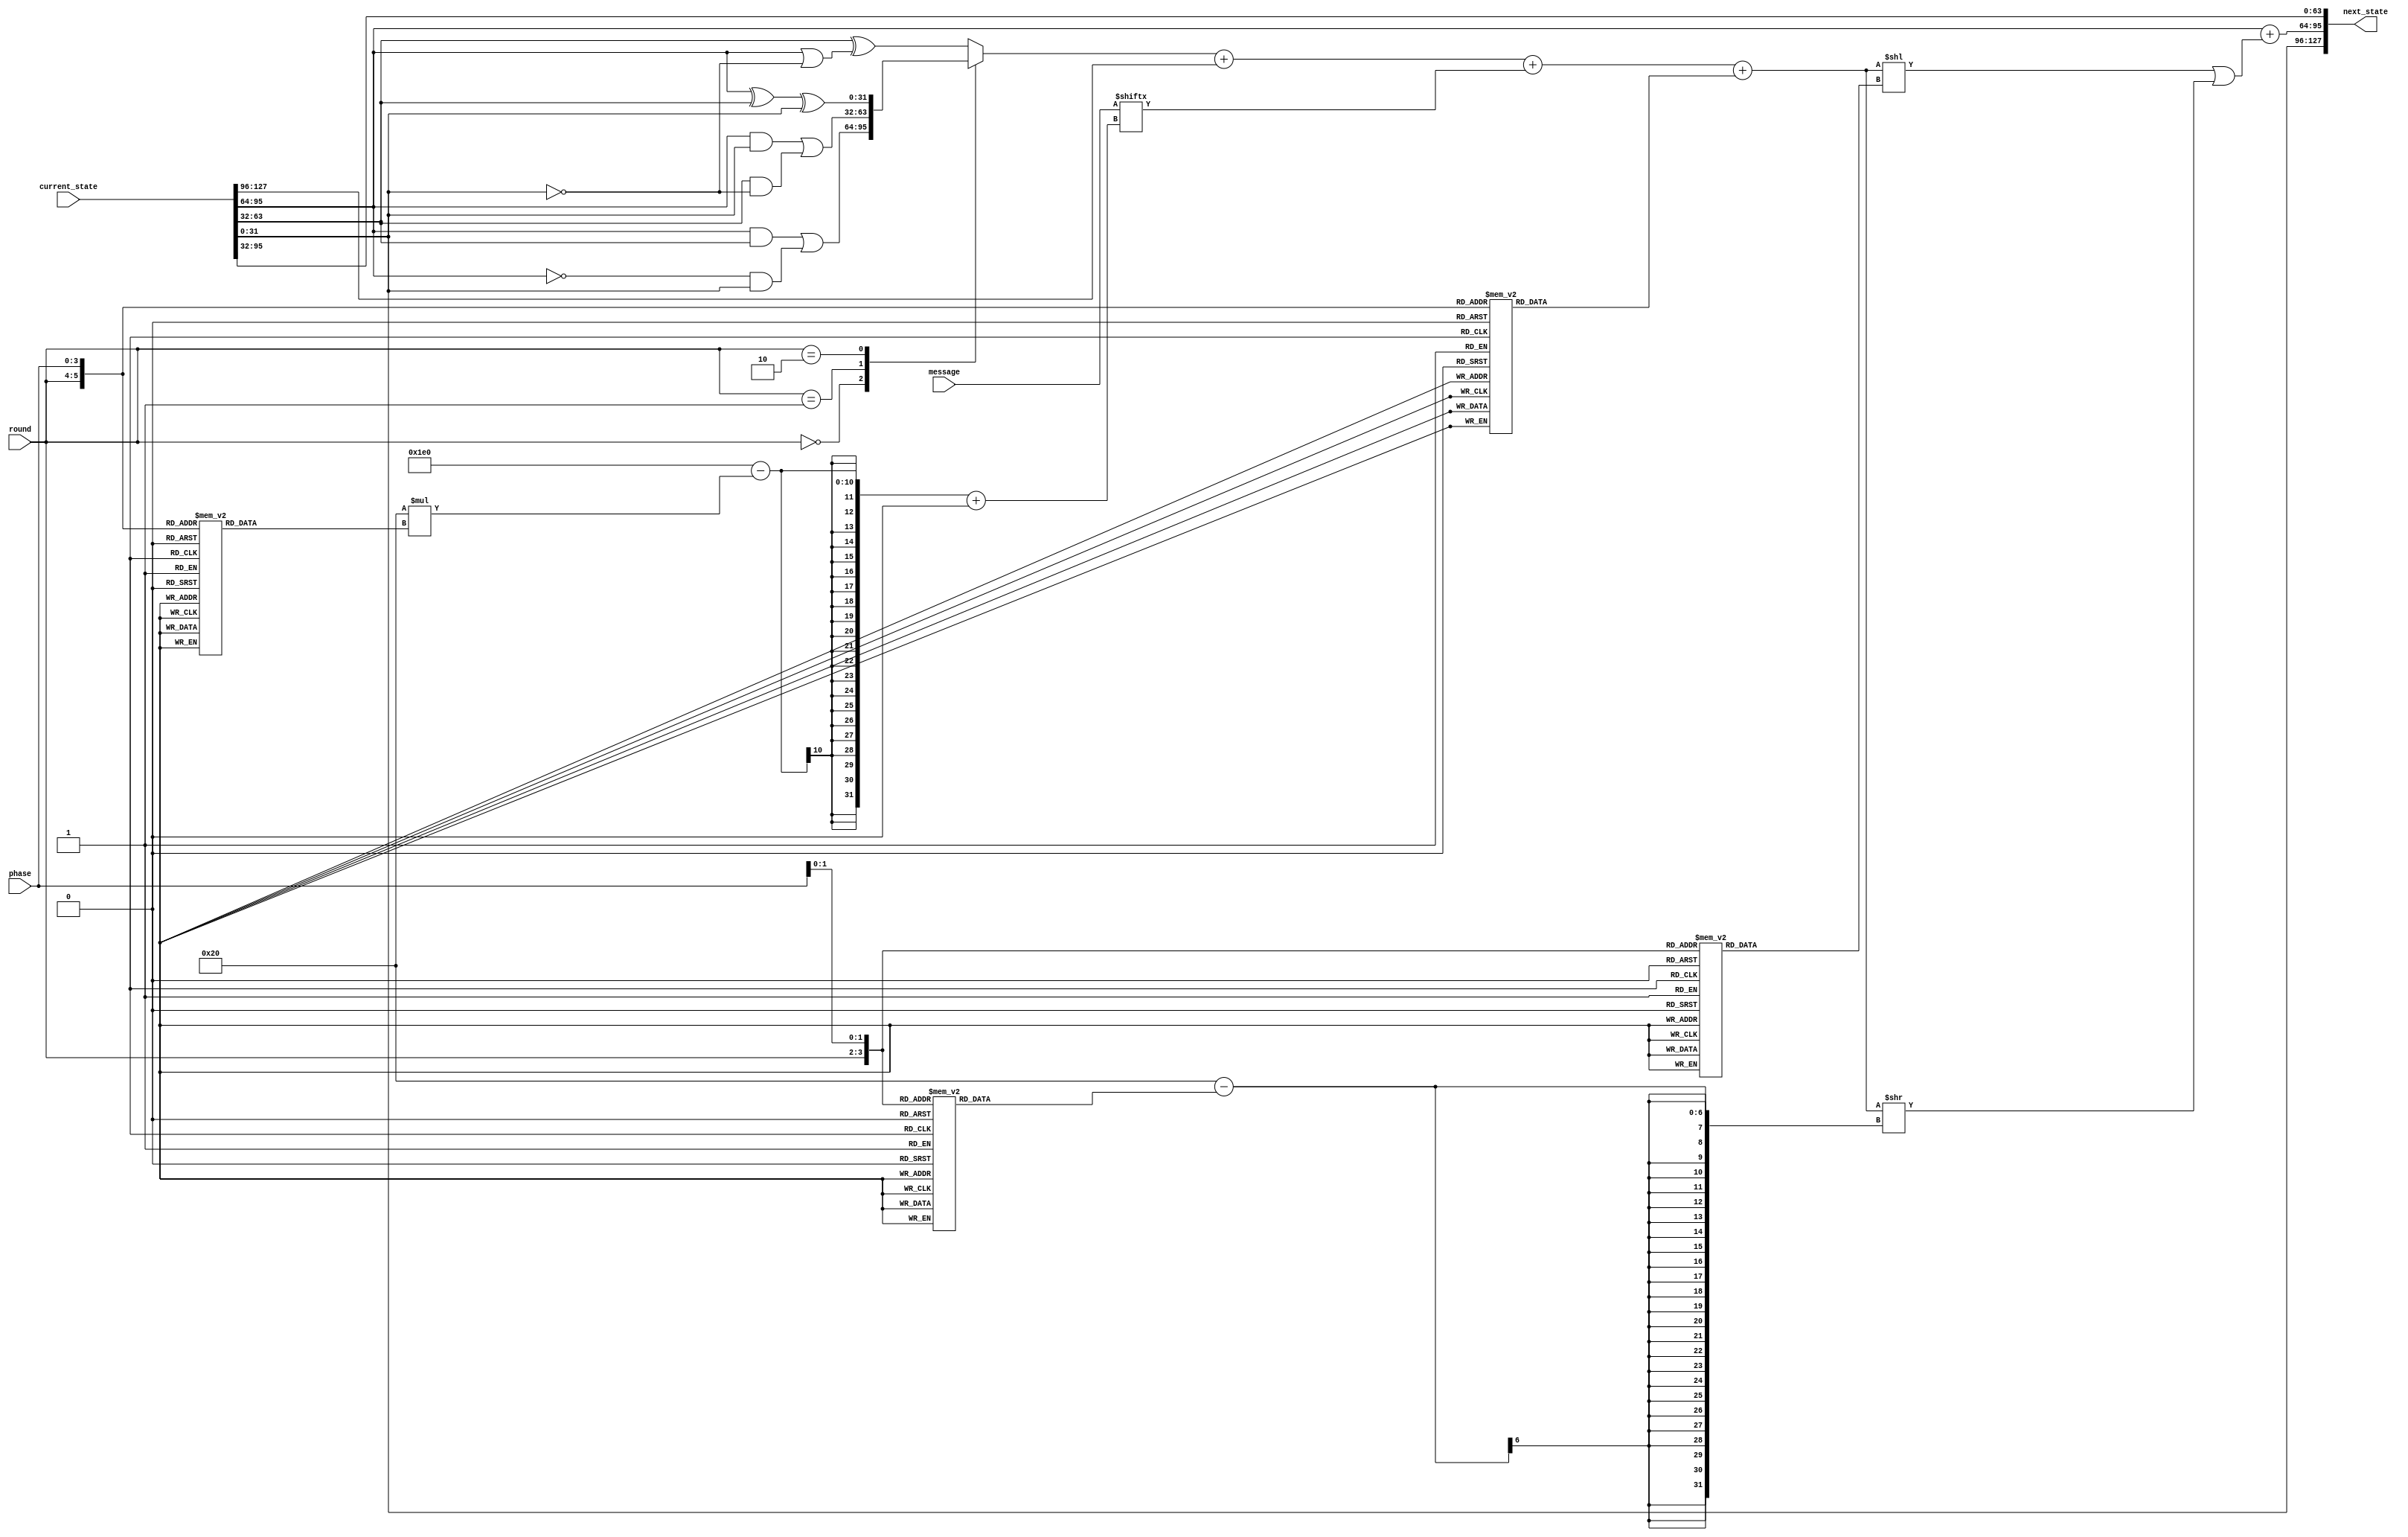
`define SALT_A 32'h67452301
`define SALT_B 32'hefcdab89
`define SALT_C 32'h98badcfe
`define SALT_D 32'h10325476

// MD5 basic operation for EECE 643 Lab 3, Spring 2015.
//
// For Lab 3, compute an MD5 digest by performing the following steps:
// 1) Pad the message to 512 bits with zeros. The 128-bit message should be in
//   message[511:128] and the rest should be 0.
// 2) Perform 16 phases for each of the 4 rounds using the md5_operation
//   module. Start with round 0, phase 0 and end with round 3, phase 15.
//   Complete all 15 phases, in numerical order, of round N before moving to round N+1.
//   2.a] The initial input should be {`SALT_A, `SALT_B, `SALT_C, `SALT_D}.
//   2.b] The input to subsequent operations is the output of the previous operation.
// 3) If the output of the final operation is {A,B,C,D}, then the digest
//   equals {A+`SALT_A, B+`SALT_B, C+`SALT_C, D+`SALT_D}.
//
// Note that the final result is not a true MD5 digest due to byte ordering
// and incorrect message padding.
//
module md5_operation(input [1:0] round, input [3:0] phase, input [511:0] message, input [127:0] current_state, output [127:0] next_state);

	assign next_state = {current_state[31:0], round_operation(round, phase, message, current_state), current_state[95:32]};

	function [4:0] S(input [1:0] round, input [3:0] phase);
		case({round,phase[1:0]})
			// Round 1 (00)
			4'b00_00: S = 5'd7;
			4'b00_01: S = 5'd12;
			4'b00_10: S = 5'd17;
			4'b00_11: S = 5'd22;
			// Round 2 (01)
			4'b01_00: S = 5'd5;
			4'b01_01: S = 5'd9;
			4'b01_10: S = 5'd14;
			4'b01_11: S = 5'd20;
			// Round 3 (10)
			4'b10_00: S = 5'd4;
			4'b10_01: S = 5'd11;
			4'b10_10: S = 5'd16;
			4'b10_11: S = 5'd23;
			// Round 4 (11)
			4'b11_00: S = 5'd6;
			4'b11_01: S = 5'd10;
			4'b11_10: S = 5'd15;
			4'b11_11: S = 5'd21;
		endcase
	endfunction

	function [3:0] K(input [1:0] round, input [3:0] phase);
		case( {round, phase} )
			// Round 1 (00)
			// K = phase
			6'b00_0000: K = 4'd0; 
			6'b00_0001: K = 4'd1; 
			6'b00_0010: K = 4'd2; 
			6'b00_0011: K = 4'd3; 
			6'b00_0100: K = 4'd4; 
			6'b00_0101: K = 4'd5; 
			6'b00_0110: K = 4'd6; 
			6'b00_0111: K = 4'd7; 
			6'b00_1000: K = 4'd8; 
			6'b00_1001: K = 4'd9; 
			6'b00_1010: K = 4'd10; 
			6'b00_1011: K = 4'd11; 
			6'b00_1100: K = 4'd12; 
			6'b00_1101: K = 4'd13; 
			6'b00_1110: K = 4'd14; 
			6'b00_1111: K = 4'd15; 
			// Round 2 (01)
			// K = (phase*5 + 1)%16;
			6'b01_0000: K = 4'd1; 
			6'b01_0001: K = 4'd6; 
			6'b01_0010: K = 4'd11; 
			6'b01_0011: K = 4'd0; 
			6'b01_0100: K = 4'd5; 
			6'b01_0101: K = 4'd10; 
			6'b01_0110: K = 4'd15; 
			6'b01_0111: K = 4'd4; 
			6'b01_1000: K = 4'd9; 
			6'b01_1001: K = 4'd14; 
			6'b01_1010: K = 4'd3; 
			6'b01_1011: K = 4'd8; 
			6'b01_1100: K = 4'd13; 
			6'b01_1101: K = 4'd2; 
			6'b01_1110: K = 4'd7; 
			6'b01_1111: K = 4'd12; 
			// Round 3 (10)
			// K = (phase*3 + 5)%16;
			6'b10_0000: K = 4'd5; 
			6'b10_0001: K = 4'd8; 
			6'b10_0010: K = 4'd11; 
			6'b10_0011: K = 4'd14; 
			6'b10_0100: K = 4'd1; 
			6'b10_0101: K = 4'd4; 
			6'b10_0110: K = 4'd7; 
			6'b10_0111: K = 4'd10; 
			6'b10_1000: K = 4'd13; 
			6'b10_1001: K = 4'd0; 
			6'b10_1010: K = 4'd3; 
			6'b10_1011: K = 4'd6; 
			6'b10_1100: K = 4'd9; 
			6'b10_1101: K = 4'd12; 
			6'b10_1110: K = 4'd15; 
			6'b10_1111: K = 4'd2; 
			// Round 4 (11)
			// K = (phase*7)%16
			6'b11_0000: K = 4'd0; 
			6'b11_0001: K = 4'd7; 
			6'b11_0010: K = 4'd14; 
			6'b11_0011: K = 4'd5; 
			6'b11_0100: K = 4'd12; 
			6'b11_0101: K = 4'd3; 
			6'b11_0110: K = 4'd10; 
			6'b11_0111: K = 4'd1; 
			6'b11_1000: K = 4'd8; 
			6'b11_1001: K = 4'd15; 
			6'b11_1010: K = 4'd6; 
			6'b11_1011: K = 4'd13; 
			6'b11_1100: K = 4'd4; 
			6'b11_1101: K = 4'd11; 
			6'b11_1110: K = 4'd2; 
			default:    K = 4'd9; 
		endcase
	endfunction

	function [31:0] T(input [1:0] round, input [3:0] phase);
		case( {round, phase} )
			// Round 1 (00)
			6'b00_0000: T = 32'hd76aa478;
			6'b00_0001: T = 32'he8c7b756;
			6'b00_0010: T = 32'h242070db;
			6'b00_0011: T = 32'hc1bdceee;
			6'b00_0100: T = 32'hf57c0faf;
			6'b00_0101: T = 32'h4787c62a;
			6'b00_0110: T = 32'ha8304613;
			6'b00_0111: T = 32'hfd469501;
			6'b00_1000: T = 32'h698098d8;
			6'b00_1001: T = 32'h8b44f7af;
			6'b00_1010: T = 32'hffff5bb1;
			6'b00_1011: T = 32'h895cd7be;
			6'b00_1100: T = 32'h6b901122;
			6'b00_1101: T = 32'hfd987193;
			6'b00_1110: T = 32'ha679438e;
			6'b00_1111: T = 32'h49b40821;
			// Round 2 (01)
			6'b01_0000: T = 32'hf61e2562;
			6'b01_0001: T = 32'hc040b340;
			6'b01_0010: T = 32'h265e5a51;
			6'b01_0011: T = 32'he9b6c7aa;
			6'b01_0100: T = 32'hd62f105d;
			6'b01_0101: T = 32'h02441453;
			6'b01_0110: T = 32'hd8a1e681;
			6'b01_0111: T = 32'he7d3fbc8;
			6'b01_1000: T = 32'h21e1cde6;
			6'b01_1001: T = 32'hc33707d6;
			6'b01_1010: T = 32'hf4d50d87;
			6'b01_1011: T = 32'h455a14ed;
			6'b01_1100: T = 32'ha9e3e905;
			6'b01_1101: T = 32'hfcefa3f8;
			6'b01_1110: T = 32'h676f02d9;
			6'b01_1111: T = 32'h8d2a4c8a;
			// Round 3 (10)
			6'b10_0000: T = 32'hfffa3942;
			6'b10_0001: T = 32'h8771f681;
			6'b10_0010: T = 32'h6d9d6122;
			6'b10_0011: T = 32'hfde5380c;
			6'b10_0100: T = 32'ha4beea44;
			6'b10_0101: T = 32'h4bdecfa9;
			6'b10_0110: T = 32'hf6bb4b60;
			6'b10_0111: T = 32'hbebfbc70;
			6'b10_1000: T = 32'h289b7ec6;
			6'b10_1001: T = 32'heaa127fa;
			6'b10_1010: T = 32'hd4ef3085;
			6'b10_1011: T = 32'h04881d05;
			6'b10_1100: T = 32'hd9d4d039;
			6'b10_1101: T = 32'he6db99e5;
			6'b10_1110: T = 32'h1fa27cf8;
			6'b10_1111: T = 32'hc4ac5665;
			// Round 4 (11)
			6'b11_0000: T = 32'hf4292244;
			6'b11_0001: T = 32'h432aff97;
			6'b11_0010: T = 32'hab9423a7;
			6'b11_0011: T = 32'hfc93a039;
			6'b11_0100: T = 32'h655b59c3;
			6'b11_0101: T = 32'h8f0ccc92;
			6'b11_0110: T = 32'hffeff47d;
			6'b11_0111: T = 32'h85845dd1;
			6'b11_1000: T = 32'h6fa87e4f;
			6'b11_1001: T = 32'hfe2ce6e0;
			6'b11_1010: T = 32'ha3014314;
			6'b11_1011: T = 32'h4e0811a1;
			6'b11_1100: T = 32'hf7537e82;
			6'b11_1101: T = 32'hbd3af235;
			6'b11_1110: T = 32'h2ad7d2bb;
			6'b11_1111: T = 32'heb86d391;
			default:    T = 32'hxxxxxxxx;
		endcase
	endfunction

	function [31:0] round_operation(input [1:0] round, input [3:0] phase, input [511:0] message, input [127:0] current_state);
		reg [31:0] a, b, c, d;
		reg [31:0] before_shift;
		begin
			{a, b, c, d} = current_state;
			case(round)
				2'b00:   before_shift = (b&c | ~b&d);   // F
				2'b01:   before_shift = (b&d | c& ~d);  // G
				2'b10:   before_shift = (b ^ c ^ d);    // H
				default: before_shift = (c ^ (b | ~d)); // I
			endcase
			before_shift = before_shift + a + message[480-32*K(round, phase) +: 32] + T(round, phase);
			round_operation = b + ((before_shift << S(round, phase)) | (before_shift >> (32-S(round, phase))));
		end
	endfunction
endmodule